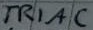
Text: TRIAC